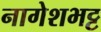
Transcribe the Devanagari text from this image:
नागेशभट्ट